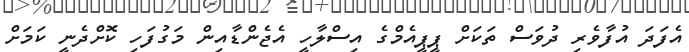
އެފަދަ އުފާވެރި ދުވަސް ތަކަށް ޕީޕީއެމްގެ އިސްލާހީ އެޖެންޑާއިން މަގުފަހި ކޮށްދެނީ ކަމަށް